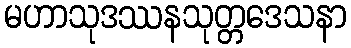
မဟာသုဒဿနသုတ္တဒေသနာ